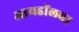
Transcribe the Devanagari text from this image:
आयडॉलचा